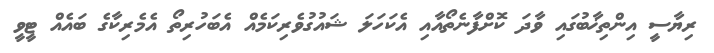
ރިޔާސީ އިންތިޚާބުގައި ވާދަ ކޮށްފާނެތޯއާއި އެކަހަލަ ޝައުގުވެރިކަމެއް އެބަހުރިތޯ އެމެރިކާގެ ބައެއް ޓީވީ